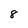
Character: 8